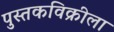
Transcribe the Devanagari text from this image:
पुस्तकविक्रीला